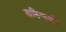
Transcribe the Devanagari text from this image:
कमिन्सकी